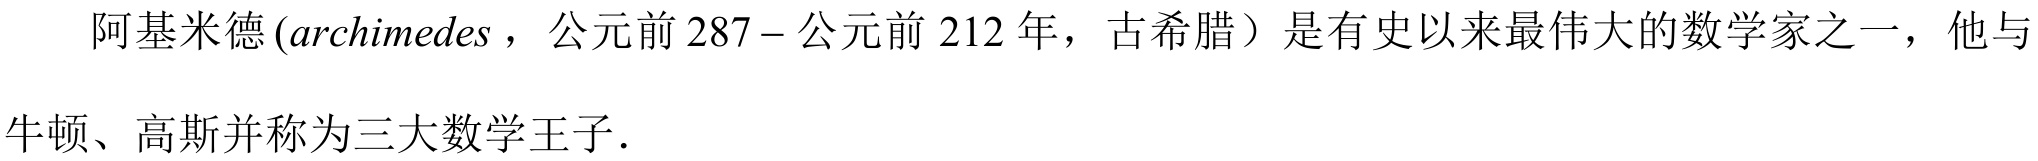
阿基米德 ($archimedes$，公元前$287 - $公元前$212$年，古希腊）是有史以来最伟大的数学家之一，他与牛顿、高斯并称为三大数学王子．